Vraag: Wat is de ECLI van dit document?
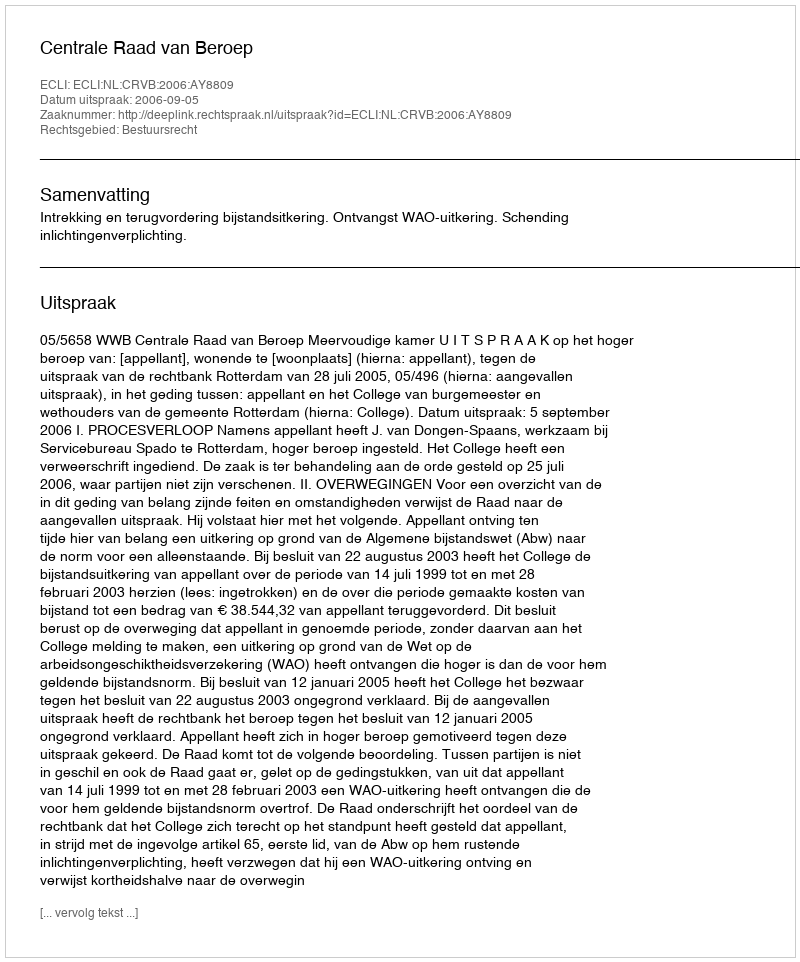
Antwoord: ECLI:NL:CRVB:2006:AY8809